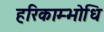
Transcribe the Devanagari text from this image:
हरिकाम्भोधि